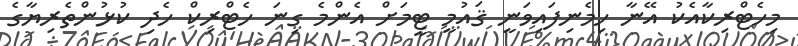
މިހެޓްރިކާއެކު އޭނާ ހިމެނިފައިވަނީ ޤައުމީ ޓީމަށް އެންމެ ގިނަ ހެޓްރިކް ހެދި ކުޅުންތެރިޔާގެ